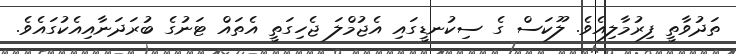
ތަދުވާތީ ފިރުމާލިއެވެ. ލޫކަސް ގެ ސިކުނޑީގައި އެޖުމްލަ ޖެހިގަތީ އެތައް ޓަނުގެ ބުރަދަނާއިއެކުގައެވެ.